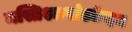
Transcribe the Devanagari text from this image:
मस्तिश्कखंडछेदन